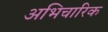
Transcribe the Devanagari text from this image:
अभिचारिक